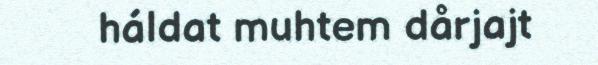
háldat muhtem dårjajt